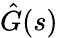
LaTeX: {\hat{G}}(s)